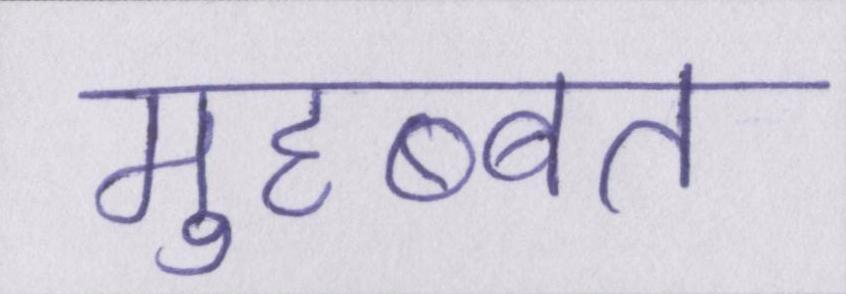
मुहब्बत